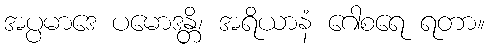
အပ္ပမာဒေ ပမောဒန္တိ၊ အရိယာနံ ဂေါစရေ ရတာ။